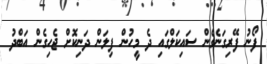
ފޯނު ފޭރިގަނެގެން ސައިކަލްގައި ދެ މީހުން ފިލަން ދަނިކޮށް ޖެހިގެން އަބްދު